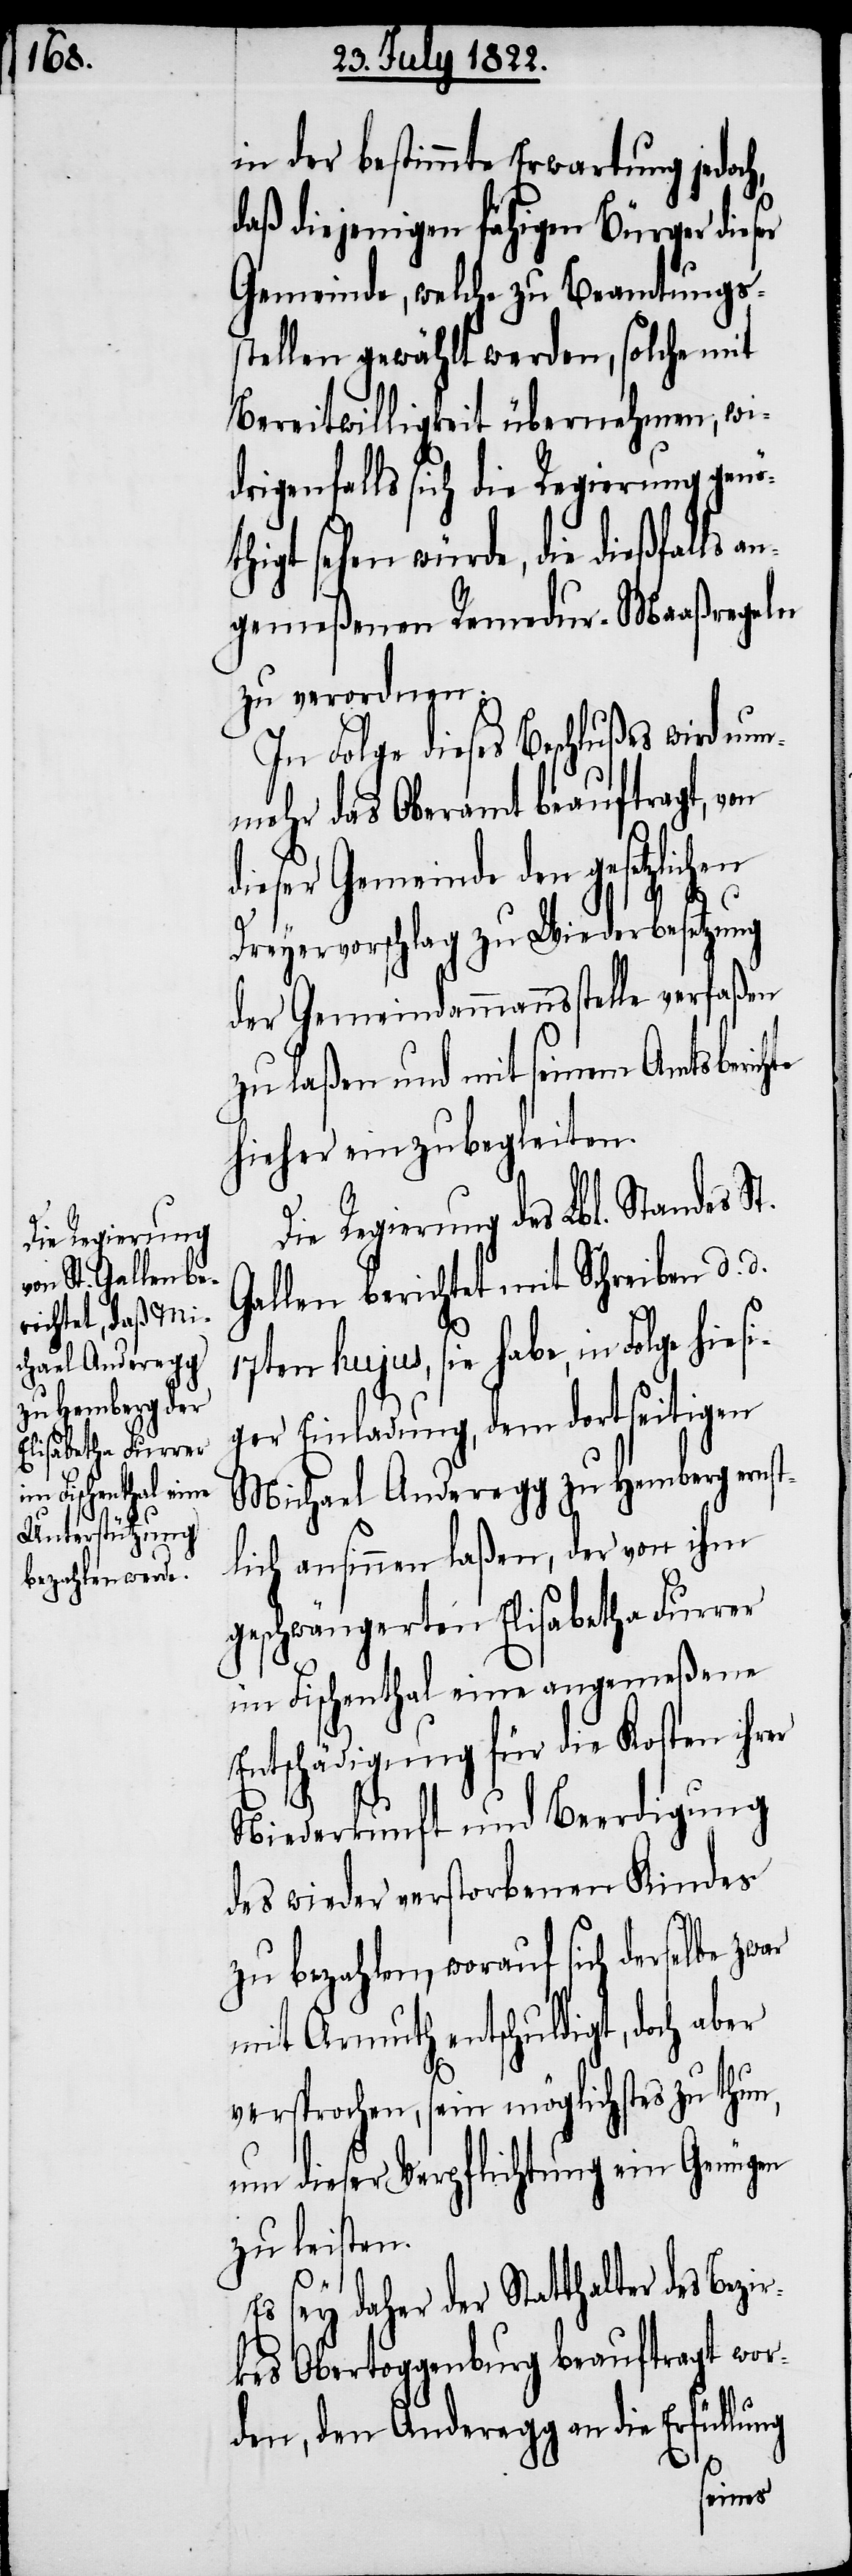
esi¬

in der bestimmte Erwartung jedoch,
daß diejenigen fähigen Bürger dieser
Gemeinde, welche zu Beamtungs¬
stellen gewählt werden, solche mit
Bereitwilligkeit übernehmen, wi¬
drigenfalls sich die Regierung genö¬
thigt sehen würde, die dießfalls an¬
gemeßenen Remedur-Maaßregeln
zu verordnen.
In Folge dieses Beschlußes wird nu¬
nmehr das Oberamt beauftragt, von
dieser Gemeinde den gesetzli¬
Dreyervorschlag zu Wiederbesetzung
der Gemeindammannsstelle verfaßen
zu laßen und mit seinem Amtsberichte
hieher einzubegleiten.
Die Regierung des Lbl. Standes St.
Gallen berichtet mit Schreiben d. d.
17ten hujus, sie habe, in Folge hi¬
ger Einladung, dem dortseitigen
Michael Anderegg zu Hemberg ernst¬
lich ansinnen laßen, der von ihm
geschwängerten Elisabetha Furrer
im Fischenthal eine angemeßene
Entschädigung für die Kosten ihrer
Niederkunft und Beerdigung
des wieder verstorbenen Kindes
zu bezahlen, worauf sich derselbe zwar
mit Armuth entschuldigt, doch aber
versprochen, sein möglichstes zu thun,
um dieser Verpflichtung ein Genügen
zu leisten.
Es sey daher der Statthalter des Bezir¬
kes Obertoggenburg beauftragt wor¬
den, den Anderegg an die Erfüllung